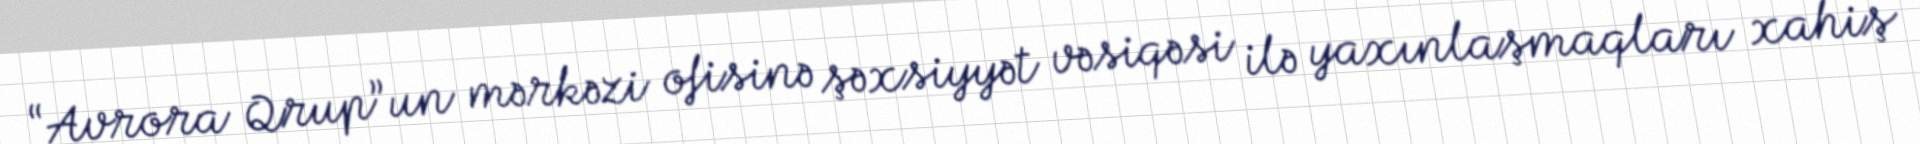
“Avrora Qrup”un mərkəzi ofisinə şəxsiyyət vəsiqəsi ilə yaxınlaşmaqları xahiş